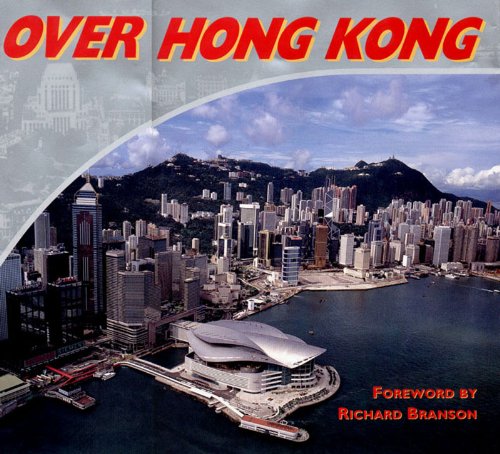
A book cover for Over Hong Kong (Pacific Century) (v. 5); Kasyan Bartlett; Travel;